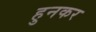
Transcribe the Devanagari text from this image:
हुनकर